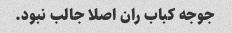
جوجه کباب ران اصلا جالب نبود.